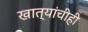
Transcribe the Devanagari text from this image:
खात्यांचीही